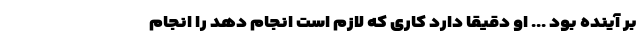
بر آینده بود ... او دقیقا دارد کاری که لازم است انجام دهد را انجام